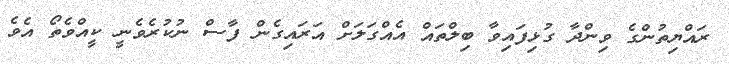
ރައްޔިތުންގެ ވިންދާ ގުޅިފައިވާ ބިލްތައް އެއްގަލަށް އަރައިގެން ފާސް ނުކުރެވެނީ ކީއްވެތޯ އެވެ